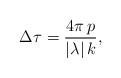
LaTeX: \begin{align*}\Delta \tau=\frac{4\pi\,p}{|\lambda|\, k},\end{align*}